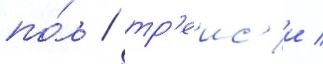
по́л / тр'еис'и /